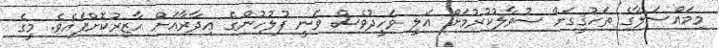
މިމައްސަލާގެ ތަހުޤީގަށް ސުވާލުކުރުމަށް ޢަލީ ވަހީދުވެސް ވަނީ ފުލުހުންގެ ޢިދާރާއަށް ހާޒިރުކޮށްފައެވެ. މީގެ